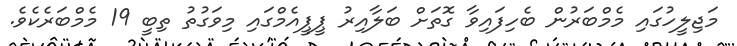
މަޖިލީހުގައި މެމްބަރުން ބެހިފައިވާ ގޮތަށް ބަލާއިރު ޕީޕީއެމްގައި މިވަގުތު ތިބީ 19 މެމްބަރެކެވެ.